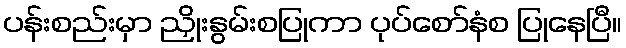
ပန်းစည်းမှာ ညှိုးနွမ်းစပြုကာ ပုပ်စော်နံစ ပြုနေပြီ။